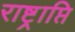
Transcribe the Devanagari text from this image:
राष्ट्राप्ति